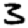
Digit: 3